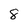
Character: 8